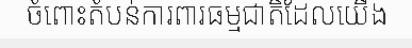
ចំពោះតំបន់ការពារធម្មជាតិដែលយើង